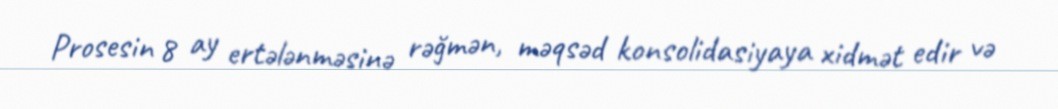
Prosesin 8 ay ertələnməsinə rəğmən, məqsəd konsolidasiyaya xidmət edir və